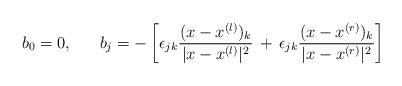
LaTeX: \begin{align*}b_0=0,\ \ \ \ \ b_j = - \left[\epsilon_{jk}\frac{(x - x^{(l)})_k}{|x - x^{(l)}|^2}\,+\, \epsilon_{jk}\frac{(x - x^{(r)})_k}{|x - x^{(r)}|^2} \right]\end{align*}